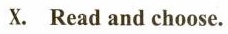
X. Read and choose.